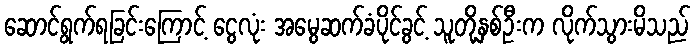
ဆောင်ရွက်ရခြင်းကြောင့် ငွေလုံး အမွေဆက်ခံပိုင်ခွင့် သူတို့နှစ်ဦးက လိုက်သွားမိသည်